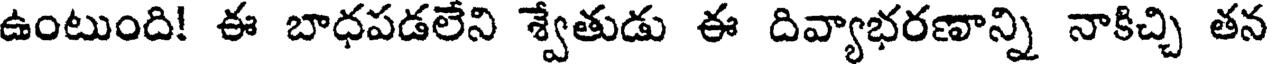
ఉంటుంది! ఈ బాధపడలేని శ్వేతుడు ఈ దివ్యాభరణాన్ని నాకిచ్చి తన